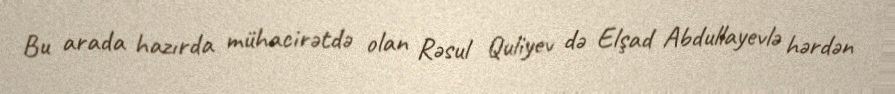
Bu arada hazırda mühacirətdə olan Rəsul Quliyev də Elşad Abdullayevlə hərdən